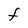
Character: t